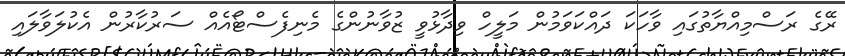
ރޭގެ ރަސްމިއްޔާތުގައި ވާހަކަ ދައްކަވަމުން މަލީހް ވިދާޅުވީ ޒުވާނުންގެ މެނިފެސްޓޯއެއް ސަރުކާރުން އެކުލަވާލައި